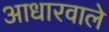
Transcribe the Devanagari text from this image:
आधारवाले